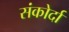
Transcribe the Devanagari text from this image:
संकोर्दा